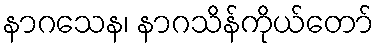
နာဂသေန၊ နာဂသိန်ကိုယ်တော်